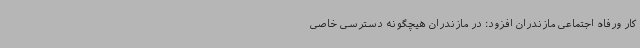
کار ورفاه اجتماعی مازندران افزود: در مازندران هیچگونه دسترسی خاصی